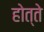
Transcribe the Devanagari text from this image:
होत्ते